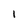
Character: l